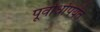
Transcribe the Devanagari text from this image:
पूर्वार्धापर्यंत